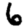
Digit: 6